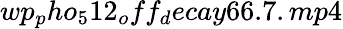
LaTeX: wp_{p}ho_{5}12_{o}ff_{d}ecay66.7.mp4